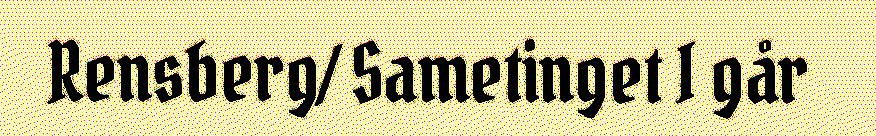
Rensberg/ Sametinget I går